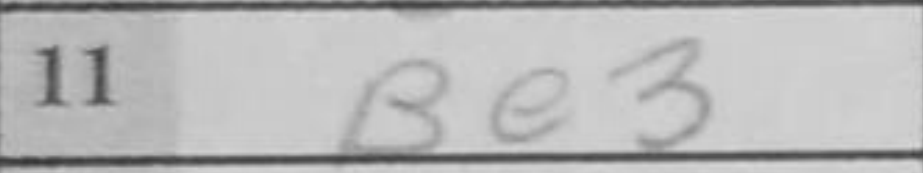
Transcription: Be3